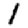
Digit: 1